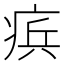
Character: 𭼑